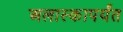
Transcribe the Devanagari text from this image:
अलास्कापर्यंत